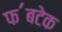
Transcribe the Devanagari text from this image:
फ॔बटेक